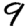
Digit: 9